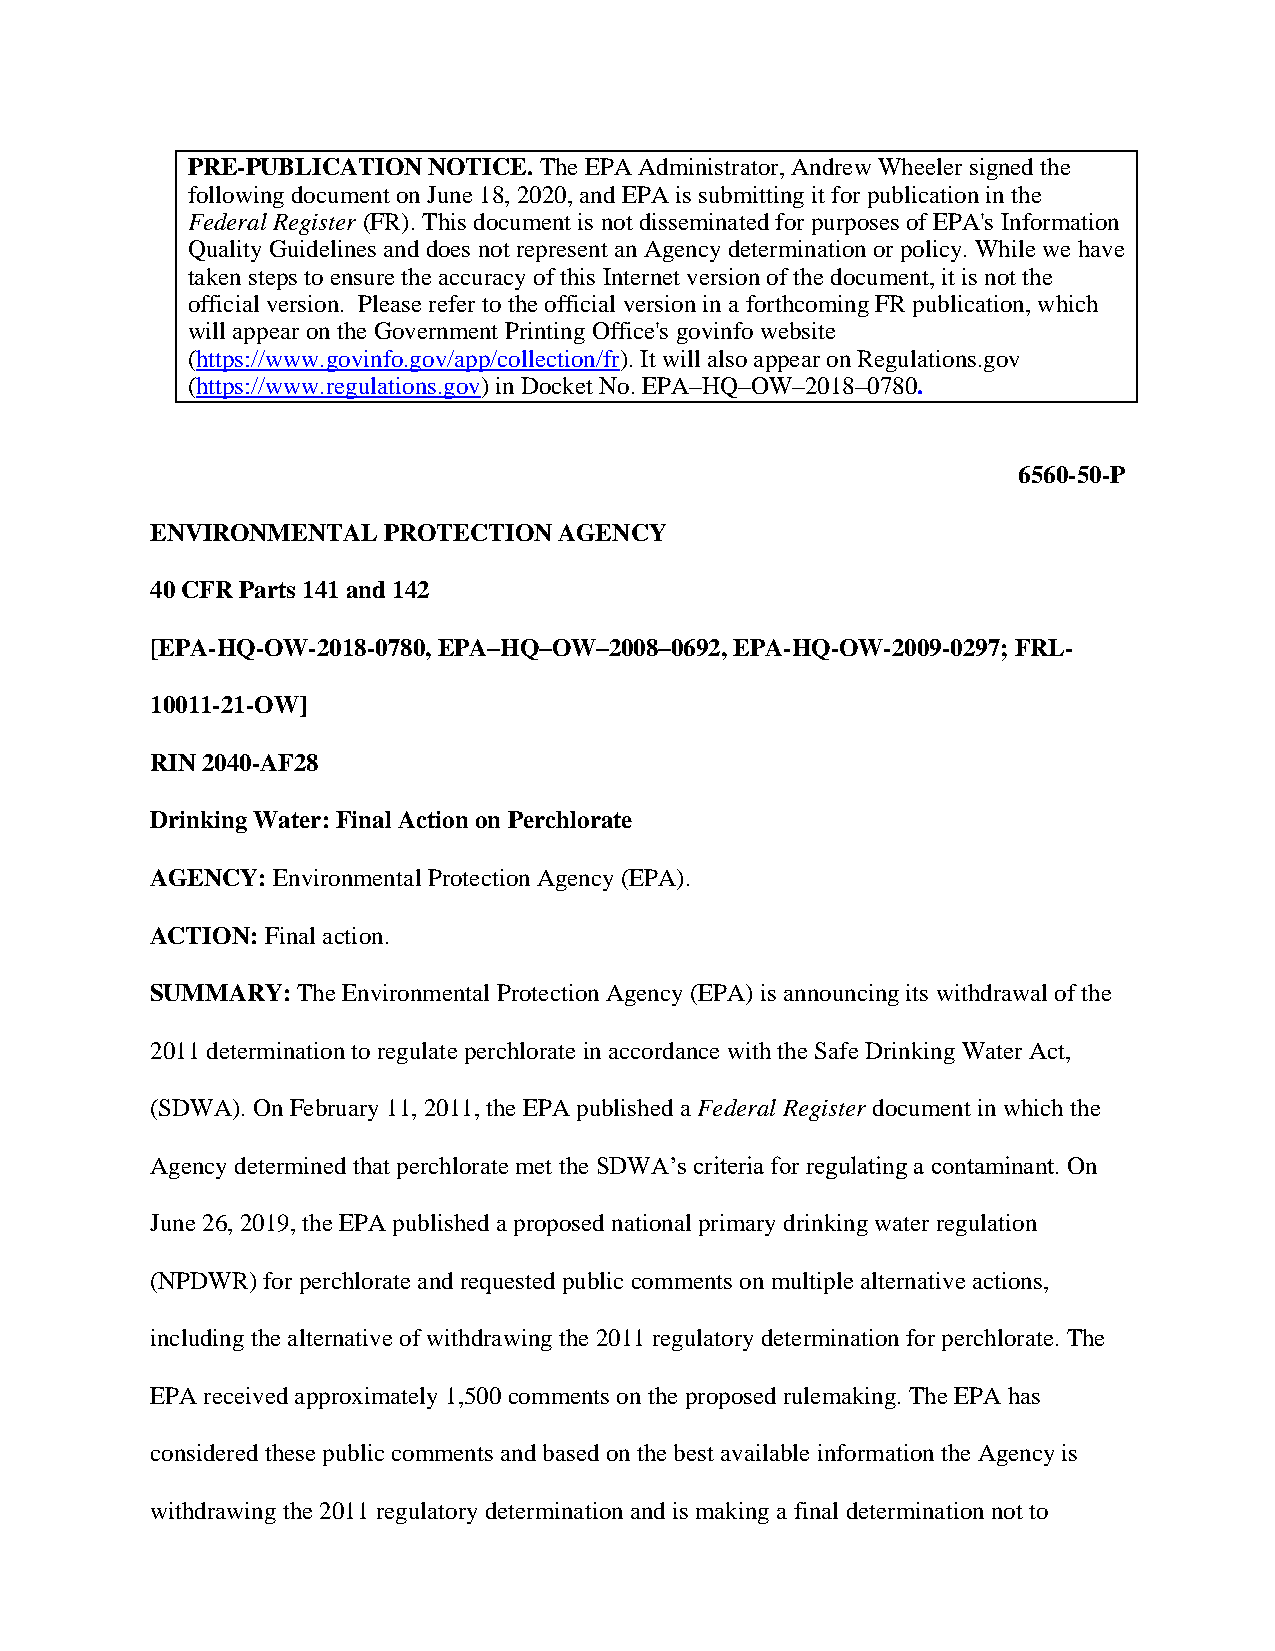
PRE-PUBLICATION NOTICE. The EPA Administrator, Andrew Wheeler signed the
 following document on June 18, 2020, and EPA is submitting it for publication in the
 Federal Register (FR). This document is not disseminated for purposes of EPA's Information
 Quality Guidelines and does not represent an Agency determination or policy. While we have
 taken steps to ensure the accuracy of this Internet version of the document, it is not the
 official version. Please refer to the official version in a forthcoming FR publication, which
 will appear on the Government Printing Office's govinfo website
 (https://www.govinfo.gov/app/collection/fr). It will also appear on Regulations.gov
 (https://www.regulations.gov) in Docket No. EPA–HQ–OW–2018–0780.
 6560-50-P
 ENVIRONMENTAL  PROTECTION  AGENCY
 40 CFR Parts 141 and 142
 [EPA-HQ-OW-2018-0780, EPA–HQ–OW–2008–0692, EPA-HQ-OW-2009-0297; FRL-
 10011-21-OW]
 RIN 2040-AF28
 Drinking Water: Final Action on Perchlorate
 AGENCY: Environmental Protection Agency (EPA).
 ACTION: Final action.
 SUMMARY:  The Environmental Protection Agency (EPA) is announcing its withdrawal of the
 2011 determination to regulate perchlorate in accordance with the Safe Drinking Water Act,
 (SDWA). On February 11, 2011, the EPA published a Federal Register document in which the
 Agency determined that perchlorate met the SDWA’s criteria for regulating a contaminant. On
 June 26, 2019, the EPA published a proposed national primary drinking water regulation
 (NPDWR) for perchlorate and requested public comments on multiple alternative actions,
 including the alternative of withdrawing the 2011 regulatory determination for perchlorate. The
 EPA received approximately 1,500 comments on the proposed rulemaking. The EPA has
 considered these public comments and based on the best available information the Agency is
 withdrawing the 2011 regulatory determination and is making a final determination not to